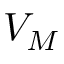
V _ { M }